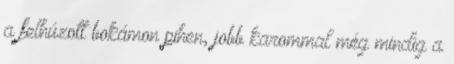
a felhúzott bokámon pihen, jobb karommal még mindig a